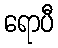
ရောပီ